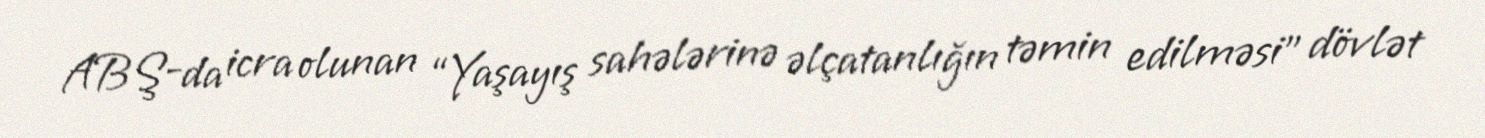
ABŞ-da icra olunan “Yaşayış sahələrinə əlçatanlığın təmin edilməsi” dövlət